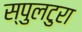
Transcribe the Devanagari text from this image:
स्पुलटुरा